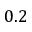
0 . 2